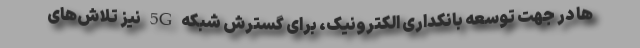
ها در جهت توسعه بانکداری الکترونیک، برای گسترش شبکه 5G نیز تلاش‌های